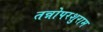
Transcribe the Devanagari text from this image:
तन्नोपरशुराम